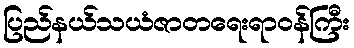
ပြည်နယ်သယံဇာတရေးရာဝန်ကြီး